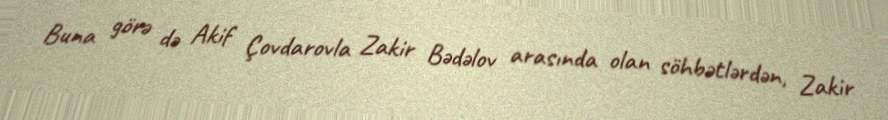
Buna görə də Akif Çovdarovla Zakir Bədəlov arasında olan söhbətlərdən, Zakir